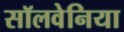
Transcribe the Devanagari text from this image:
सॉलवेनिया